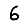
Digit: 6